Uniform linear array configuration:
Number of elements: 4
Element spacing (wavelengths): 0.25
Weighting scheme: hann
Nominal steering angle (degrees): -15
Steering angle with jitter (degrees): -13.945
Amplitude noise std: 0.05
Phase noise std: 0.05

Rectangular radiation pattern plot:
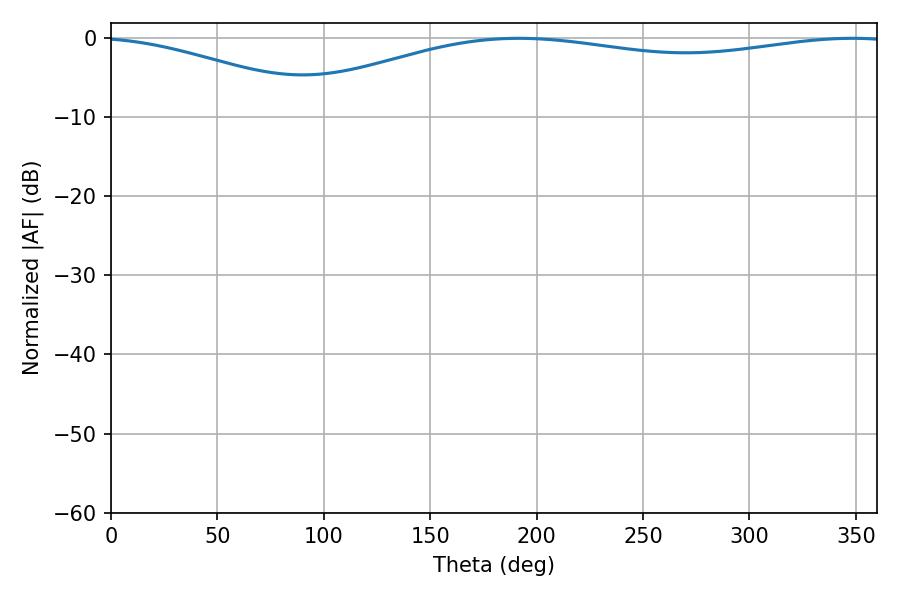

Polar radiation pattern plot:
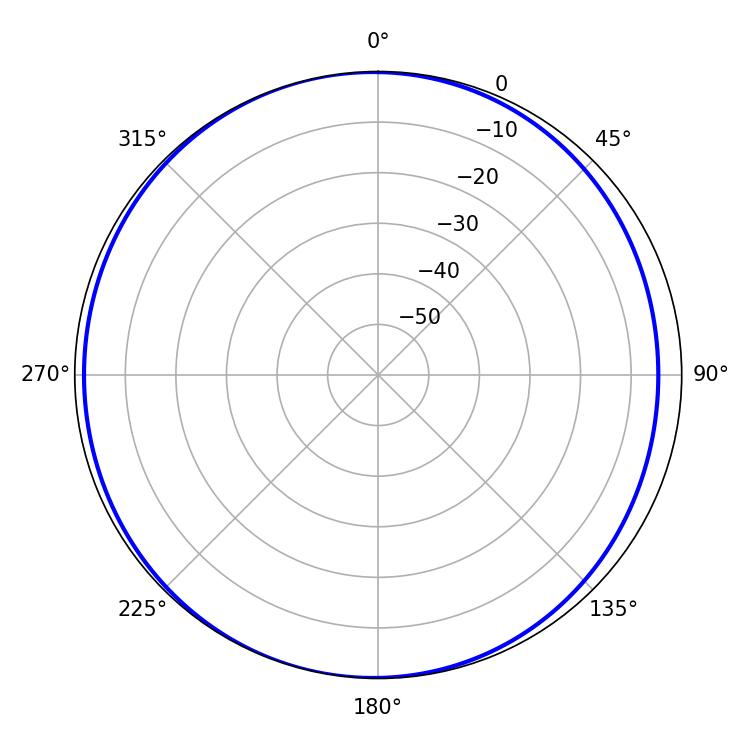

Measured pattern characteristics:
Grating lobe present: FALSE
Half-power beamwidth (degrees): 232.92
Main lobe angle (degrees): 191.7